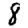
Digit: 8